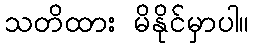
သတိထား မိနိုင်မှာပါ။